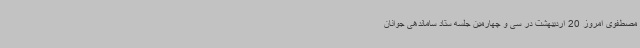
مصطفوی امروز 20 اردیبهشت در سی و چهارمین جلسه ستاد ساماندهی جوانان